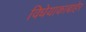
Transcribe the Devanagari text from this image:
विधेयाकाबाहेर